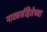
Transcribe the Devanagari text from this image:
नाट्यसंहितेच्या